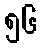
၅၆